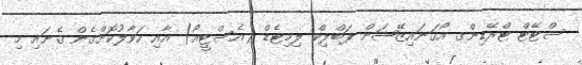
ސްޓޭޓް ޓްރޭޑިންގ އޯގަނައިޒޭޝަން ޕަބްލިކް ލިމިޓެޑް (އެސްޓީއޯ) އާއި ހަވާލުކޮށްގެން ގެނައި މި